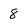
Character: 8